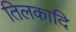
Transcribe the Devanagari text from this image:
तिलकादि